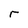
Character: r